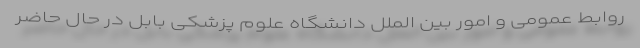
روابط‌ عمومی و امور بین ‌الملل دانشگاه علوم پزشکی بابل در حال حاضر